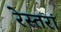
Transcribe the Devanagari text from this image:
रेस्‍तरां